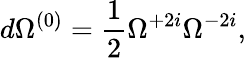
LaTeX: d\Omega^{(0)}=\frac 12\Omega^{+2i}\Omega^{-2i},